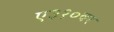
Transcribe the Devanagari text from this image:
ए३१०वर